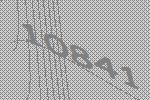
10841